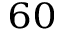
_ { 6 0 }